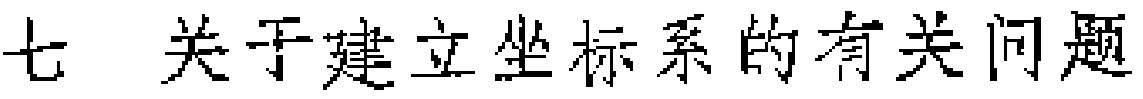
七 关于建立坐标系的有关问题